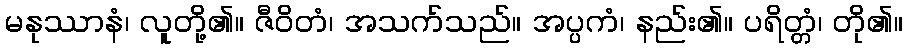
မနုဿာနံ၊ လူတို့၏။ ဇီဝိတံ၊ အသက်သည်။ အပ္ပကံ၊ နည်း၏။ ပရိတ္တံ၊ တို၏။